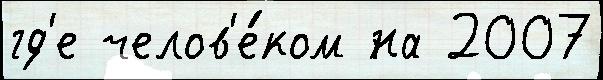
гд'е челов'е́ком на 2007